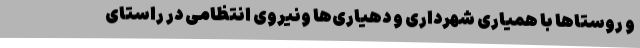
و روستاها با همیاری شهرداری و دهیاری‌ها ونیروی انتظامی در راستای